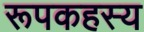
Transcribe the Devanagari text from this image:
रूपकहस्य